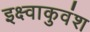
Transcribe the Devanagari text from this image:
इक्ष्वाकुवंश